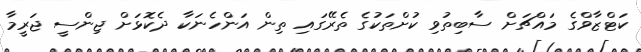
ކަޓްޒާވްގެ މައްޗަށް ސާބިތުވި ކުށްތަކުގެ ތެރޭގައި ތިން އަންހެނަކާ ދެކޮޅަށް ޖިންސީ ޖަރީމާ